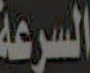
السرعة